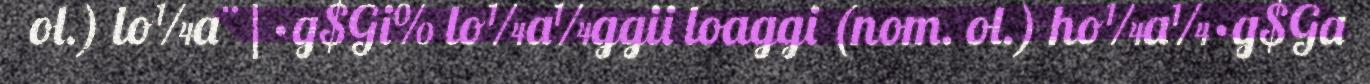
ol.) lo¼a¨|·g$Gi% lo¼a¼ggii loaggi (nom. ol.) ho¼a¼·g$Ga